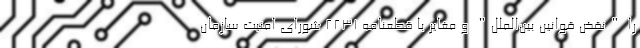
را "نقض قوانین بین‌الملل" و مغایر با قطعنامه ۲۲۳۱ شورای امنیت سازمان